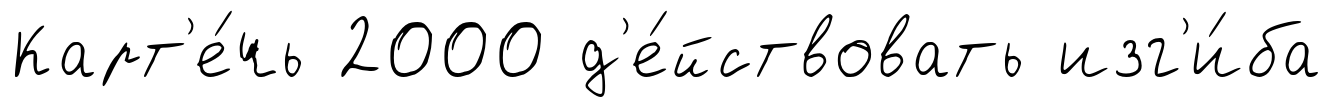
Карт'е́чь 2000 д'е́йствовать изг'и́ба